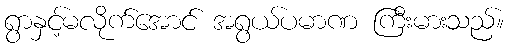
ရွာနှင့်မလိုက်အောင် အရွယ်ပမာဏ ကြီးမားသည်။